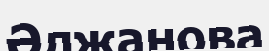
Әлжанова